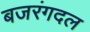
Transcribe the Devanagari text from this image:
बजरंगदल